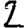
Digit: 2